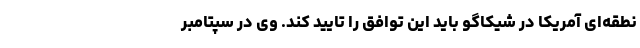
نطقه‌ای آمریکا در شیکاگو باید این توافق را تایید کند. وی در سپتامبر